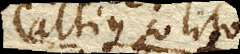
altius solito